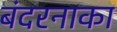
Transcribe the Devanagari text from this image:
बंदरनाका